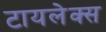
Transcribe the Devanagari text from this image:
टायलेक्स